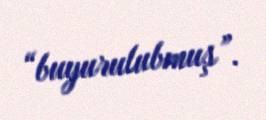
“buyurulubmuş”.